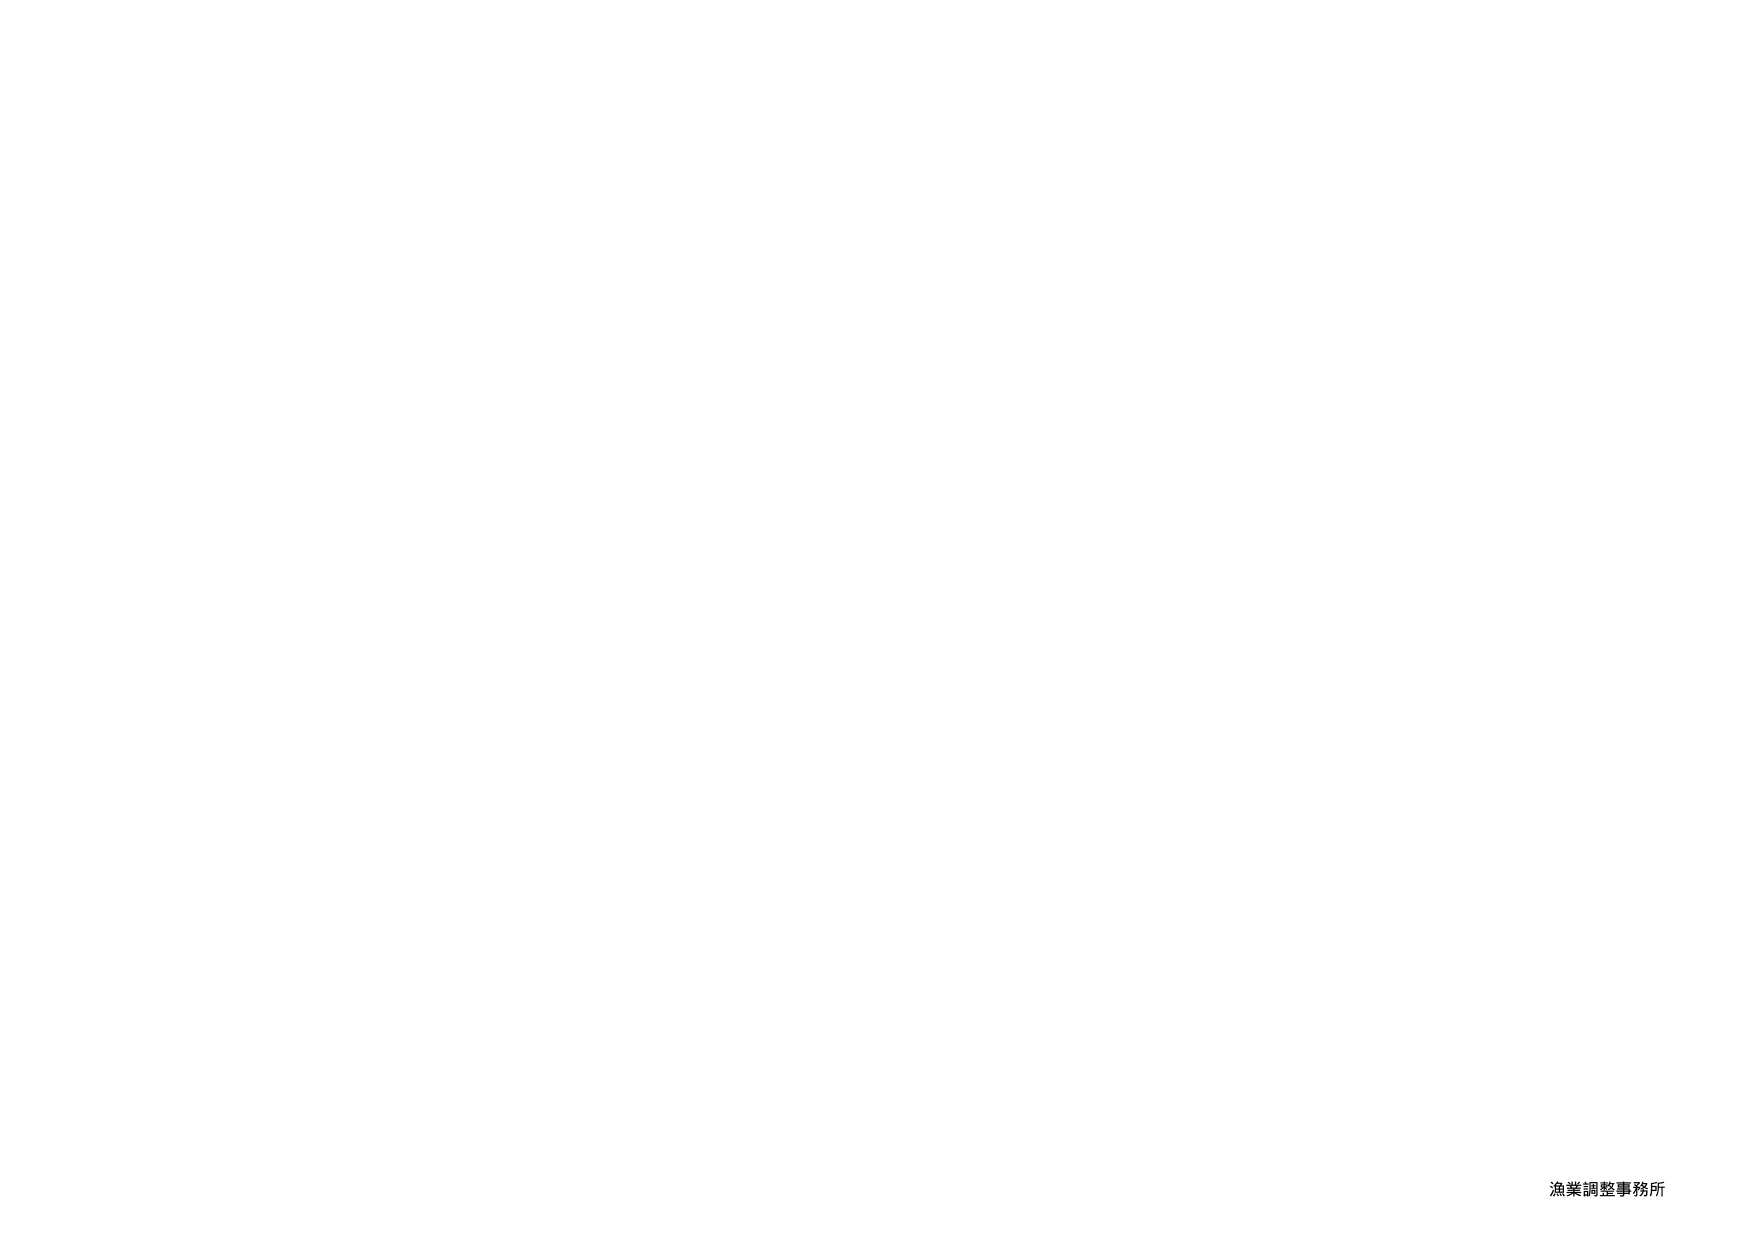
漁業調整事務所